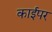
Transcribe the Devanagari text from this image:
काईपर